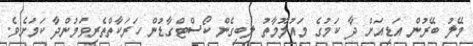
މޭލު ބޭރުން އަޑިއަށް ދާ ކަމުގެ މައުލޫމާތު ލިބިގެން ކޯސްޓްގާޑުން ހަރަކާތްތެރިވަމުންދާ ކަމަށެވެ.